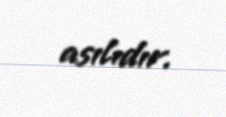
asılıdır.